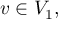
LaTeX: v \in V _ { 1 } ,